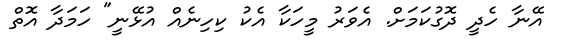
އޭނާ ހެދީ ދޮގުކަމަށް. އެވަރު މީހަކާ އެކު ކިހިނެއް އުޅޭނީ" ހަމަދާ އޮތް